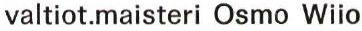
valtiot.maisteri Osmo Wiio